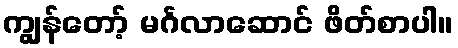
ကျွန်တော့် မင်္ဂလာဆောင် ဖိတ်စာပါ။